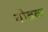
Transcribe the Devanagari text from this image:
तोब्रक